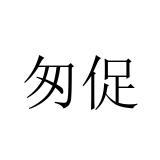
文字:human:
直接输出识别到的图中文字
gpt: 匆促